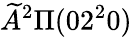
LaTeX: \widetilde{A}^{2}\Pi(02^{2}0)